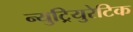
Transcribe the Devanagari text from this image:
न्युट्रियुरेटिक